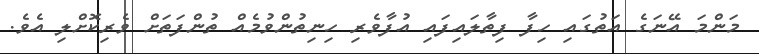
މަންމަ އޭނަގެ އަތުގައި ހިފާ ފިތާލައިފައި އުފާވެރި ހިނިތުންވުމެއް ތުންފަތަށް ވެރިކޮށްލި އެވެ.